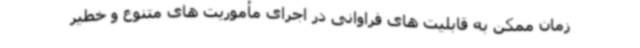
زمان ممکن به قابلیت های فراوانی در اجرای مأموریت های متنوع و خطیر